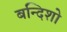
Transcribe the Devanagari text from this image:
बन्दिशो